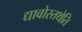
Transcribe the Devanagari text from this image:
द्यावोस्तथेति